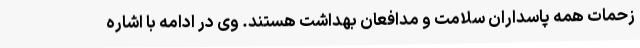
زحمات همه پاسداران سلامت و مدافعان بهداشت هستند. وی در ادامه با اشاره